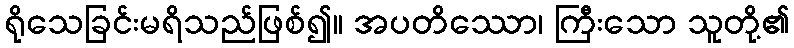
ရိုသေခြင်းမရိသည်ဖြစ်၍။ အပတိဿော၊ ကြီးသော သူတို့၏